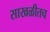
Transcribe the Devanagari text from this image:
साखळीतच